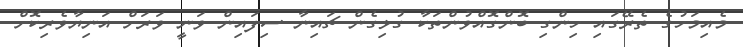
މެއިމަހުގެ ތެރޭގައި ހިންގި ބޮންގޮއްވުންތަކާ ގުޅިގެން ޗައިނާ ސިފައިން ވަނީ ވަރަށް އަނިޔާވެރިކޮށް